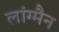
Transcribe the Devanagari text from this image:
लांग्मैन